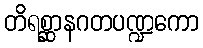
တိရစ္ဆာနဂတပဏ္ဍကော